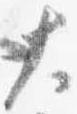
大